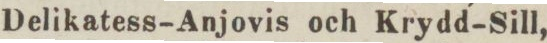
Delikatess–Anjovis och Krydd–Sill,